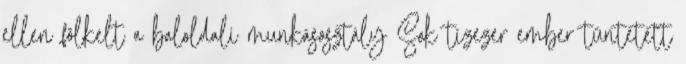
ellen fölkelt a baloldali munkásosztály Sok tízezer ember tüntetett